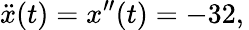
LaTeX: {\ddot{x}}(t)=x^{\prime\prime}(t)=-32,\,